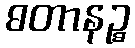
ဓတာနဉ္စ